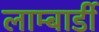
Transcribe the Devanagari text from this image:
लाम्बार्डी